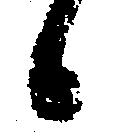
候